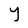
Character: Y